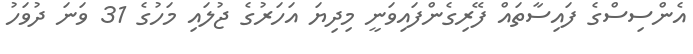
އެންސިސްގެ ފައިސާތައް ފޭރިގެންފައިވަނީ މިދިޔަ އަހަރުގެ ޖުލައި މަހުގެ 31 ވަނަ ދުވަހު